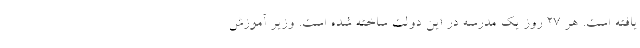
یافته است. هر ۲۷ روز یک مدرسه در این دولت ساخته شده است. وزیر آموزش